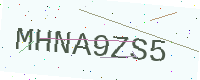
Text: MHNA9ZS5